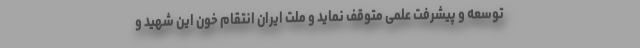
توسعه و پیشرفت علمی متوقف نماید و ملت ایران انتقام خون این شهید و